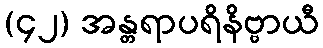
(၄၂) အန္တရာပရိနိဗ္ဗာယီ